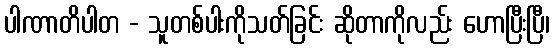
ပါဏာတိပါတ - သူတစ်ပါးကိုသတ်ခြင်း ဆိုတာကိုလည်း ဟောပြီးပြီ၊